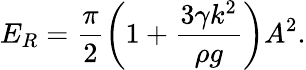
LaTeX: E_{R}=\frac{\pi}{2}\left(1+\frac{3\gamma k^{2}}{\rho g}\right)A^{2}.